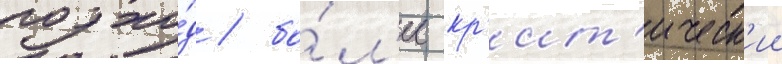
подхо́д / бо́л'ее кр'ит'ическ'ии